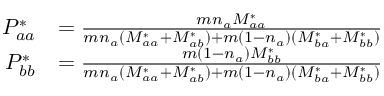
\begin{array} { r l } { P _ { a a } ^ { * } } & { = \frac { m n _ { a } M _ { a a } ^ { * } } { m n _ { a } ( M _ { a a } ^ { * } + M _ { a b } ^ { * } ) + m ( 1 - n _ { a } ) ( M _ { b a } ^ { * } + M _ { b b } ^ { * } ) } } \\ { P _ { b b } ^ { * } } & { = \frac { m ( 1 - n _ { a } ) M _ { b b } ^ { * } } { m n _ { a } ( M _ { a a } ^ { * } + M _ { a b } ^ { * } ) + m ( 1 - n _ { a } ) ( M _ { b a } ^ { * } + M _ { b b } ^ { * } ) } } \end{array}